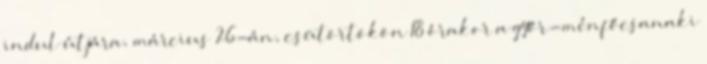
indul útjára, március 26-án, csütörtökön 18 órakor a győr-ménfőcsanaki